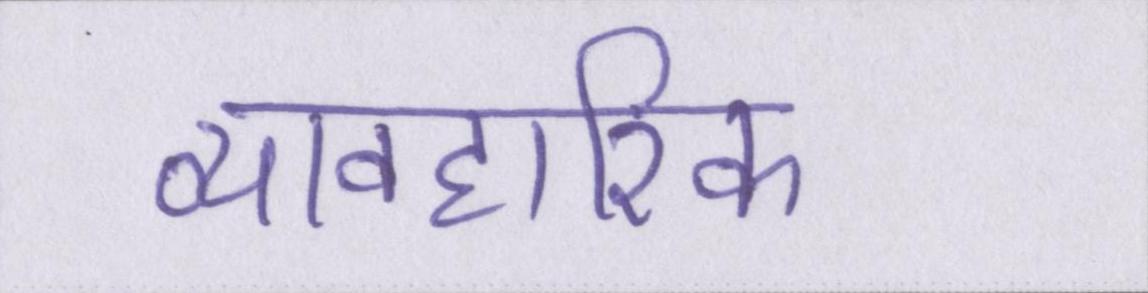
व्यावहारिक